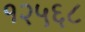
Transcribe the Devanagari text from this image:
१२५६८